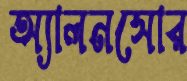
অ্যালনসোর